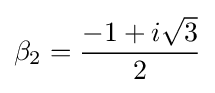
\beta _{2}={\frac {-1+i{\sqrt {3}}}{2}}